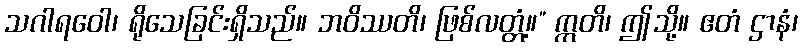
သဂါရဝေါ၊ ရိုသေခြင်းရှိသည်။ ဘဝိဿတိ၊ ဖြစ်လတ္တံ့။” ဣတိ၊ ဤသို့။ ဧတံ ဌာနံ၊